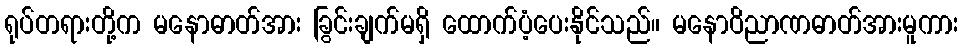
ရုပ်တရားတို့က မနောဓာတ်အား ခြွင်းချက်မရှိ ထောက်ပံ့ပေးနိုင်သည်။ မနောဝိညာဏဓာတ်အားမူကား